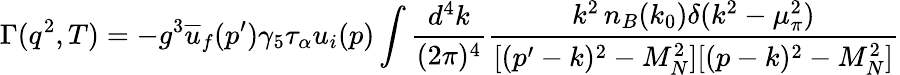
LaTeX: \Gamma(q^{2},T)=-g^{3}\overline{{{u}}}_{f}(p^{\prime})\gamma_{5}\tau_{\alpha}u_{i}(p)\int\frac{d^{4}k}{(2\pi)^{4}}\frac{k^{2}\, n_{B}(k_{0})\delta(k^{2}-\mu_{\pi}^{2})}{[(p^{\prime}-k)^{2}-M_{N}^{2}][(p-k)^{2}-M_{N}^{2}]}